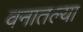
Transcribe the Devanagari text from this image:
वनातल्या